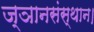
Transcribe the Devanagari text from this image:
ज्ञानसंस्थान।